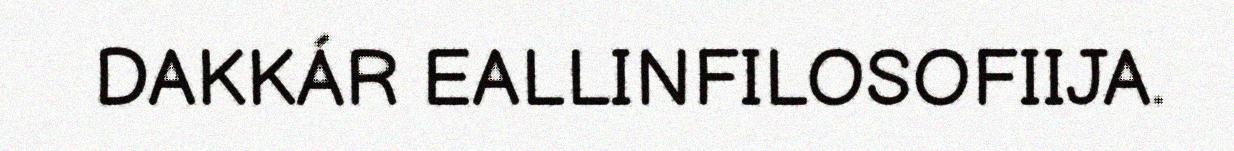
DAKKÁR EALLINFILOSOFIIJA.